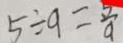
5 \div 9 = \frac { 5 } { 9 }